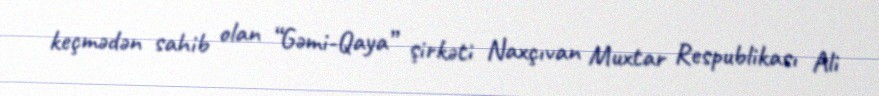
keçmədən sahib olan “Gəmi-Qaya” şirkəti Naxçıvan Muxtar Respublikası Ali